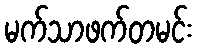
မက်သာဖက်တမင်း